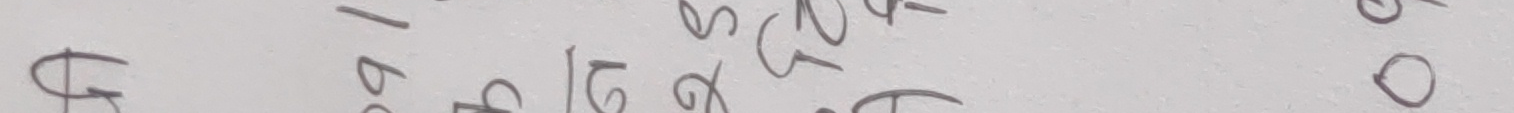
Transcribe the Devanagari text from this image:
अ ब च ट ड प भ र स ह ओ